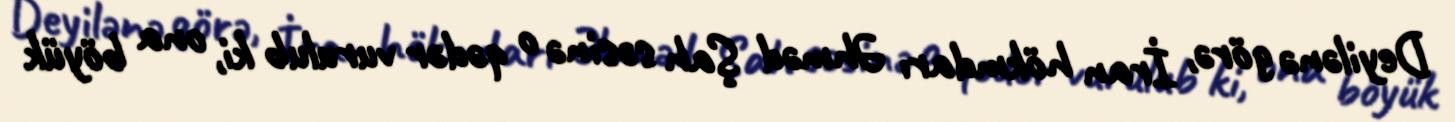
Deyilənə görə, İran hökmdarı Əhməd Şah səsinə o qədər vurulub ki, ona böyük